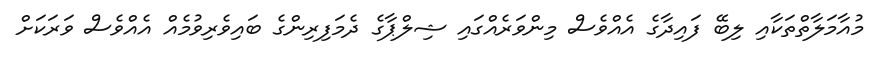
މުއާމަލާތްތަކާއި ލިބޭ ފައިދާގެ އެއްވެސް މިންވަރެއްގައި ޝިލްޕާގެ ދެމަފިރިންގެ ބައިވެރިވުމެއް އެއްވެސް ވަރަކަށް